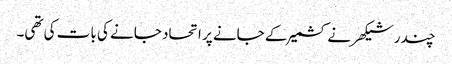
چندر شیکھر نے کشمیر کے جانے پر اتحاد جانے کی بات کی تھی۔